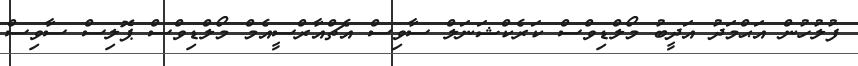
ފުލުހުން އަޙްމަދު އަދީބު މޯލްޑިވްސް ކަރެކްޝަނަލް ސާވިސް އެޗްއާރްސީއެމް މޯލްޑިވްސް ޕޮލިސް ސާވިސް